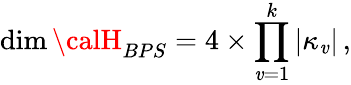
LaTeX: \dim{\calH}_{BPS}=4\times\prod_{\mathit{v}=1}^{k}|\kappa_{\mathit{v}}|\, ,